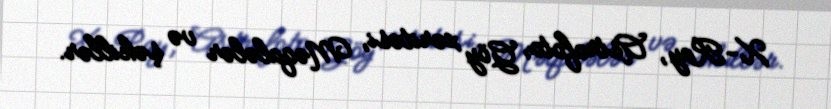
X-Ray, Astrofoto, Göy xəritəsi, Məqalələr və şəkillər.